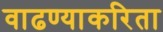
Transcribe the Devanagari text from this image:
वाढण्याकरिता